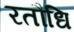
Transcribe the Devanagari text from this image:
रतौधि